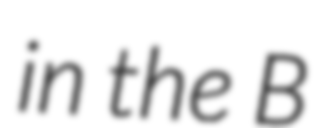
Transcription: in the B